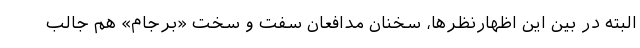
البته در بین این اظهارنظرها، سخنان مدافعان سفت و سخت «برجام» هم جالب